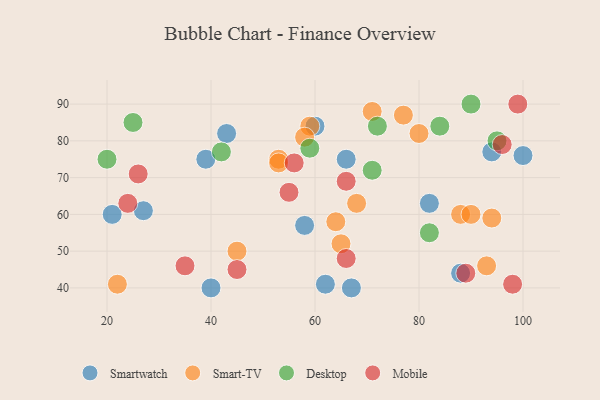
{"axis": {"x": "GDP", "y": "Life Expectancy"}, "legend": ["Desktop", "Mobile", "Smart-TV", "Smartwatch"], "data": [{"x": "100", "y": 76, "type": "Smartwatch"}, {"x": "67", "y": 40, "type": "Smartwatch"}, {"x": "62", "y": 41, "type": "Smartwatch"}, {"x": "88", "y": 44, "type": "Smartwatch"}, {"x": "82", "y": 63, "type": "Smartwatch"}, {"x": "66", "y": 75, "type": "Smartwatch"}, {"x": "94", "y": 77, "type": "Smartwatch"}, {"x": "40", "y": 40, "type": "Smartwatch"}, {"x": "60", "y": 84, "type": "Smartwatch"}, {"x": "43", "y": 82, "type": "Smartwatch"}, {"x": "39", "y": 75, "type": "Smartwatch"}, {"x": "21", "y": 60, "type": "Smartwatch"}, {"x": "27", "y": 61, "type": "Smartwatch"}, {"x": "58", "y": 57, "type": "Smartwatch"}, {"x": "77", "y": 87, "type": "Smart-TV"}, {"x": "65", "y": 52, "type": "Smart-TV"}, {"x": "59", "y": 84, "type": "Smart-TV"}, {"x": "93", "y": 46, "type": "Smart-TV"}, {"x": "53", "y": 75, "type": "Smart-TV"}, {"x": "58", "y": 81, "type": "Smart-TV"}, {"x": "53", "y": 74, "type": "Smart-TV"}, {"x": "88", "y": 60, "type": "Smart-TV"}, {"x": "68", "y": 63, "type": "Smart-TV"}, {"x": "71", "y": 88, "type": "Smart-TV"}, {"x": "94", "y": 59, "type": "Smart-TV"}, {"x": "45", "y": 50, "type": "Smart-TV"}, {"x": "22", "y": 41, "type": "Smart-TV"}, {"x": "80", "y": 82, "type": "Smart-TV"}, {"x": "90", "y": 60, "type": "Smart-TV"}, {"x": "64", "y": 58, "type": "Smart-TV"}, {"x": "42", "y": 77, "type": "Desktop"}, {"x": "72", "y": 84, "type": "Desktop"}, {"x": "84", "y": 84, "type": "Desktop"}, {"x": "71", "y": 72, "type": "Desktop"}, {"x": "20", "y": 75, "type": "Desktop"}, {"x": "59", "y": 78, "type": "Desktop"}, {"x": "25", "y": 85, "type": "Desktop"}, {"x": "82", "y": 55, "type": "Desktop"}, {"x": "90", "y": 90, "type": "Desktop"}, {"x": "95", "y": 80, "type": "Desktop"}, {"x": "89", "y": 44, "type": "Mobile"}, {"x": "26", "y": 71, "type": "Mobile"}, {"x": "98", "y": 41, "type": "Mobile"}, {"x": "56", "y": 74, "type": "Mobile"}, {"x": "66", "y": 69, "type": "Mobile"}, {"x": "24", "y": 63, "type": "Mobile"}, {"x": "55", "y": 66, "type": "Mobile"}, {"x": "45", "y": 45, "type": "Mobile"}, {"x": "35", "y": 46, "type": "Mobile"}, {"x": "66", "y": 48, "type": "Mobile"}, {"x": "96", "y": 79, "type": "Mobile"}, {"x": "99", "y": 90, "type": "Mobile"}]}